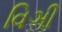
વિઞી